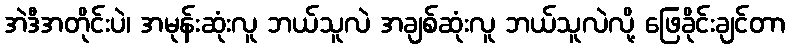
အဲဒီအတိုင်းပဲ၊ အမုန်းဆုံးလူ ဘယ်သူလဲ အချစ်ဆုံးလူ ဘယ်သူလဲလို့ ဖြေခိုင်းချင်တာ